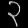
Digit: ၃